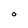
Character: 0